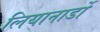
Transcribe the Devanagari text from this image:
लियानार्डो